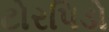
ટોરપિડો